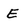
Character: E